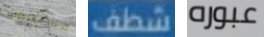
فستموت شطف عبوره